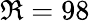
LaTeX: \Re=98